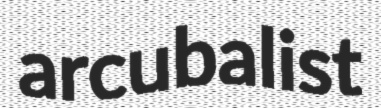
arcubalist